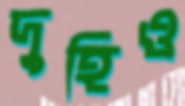
দুহিও